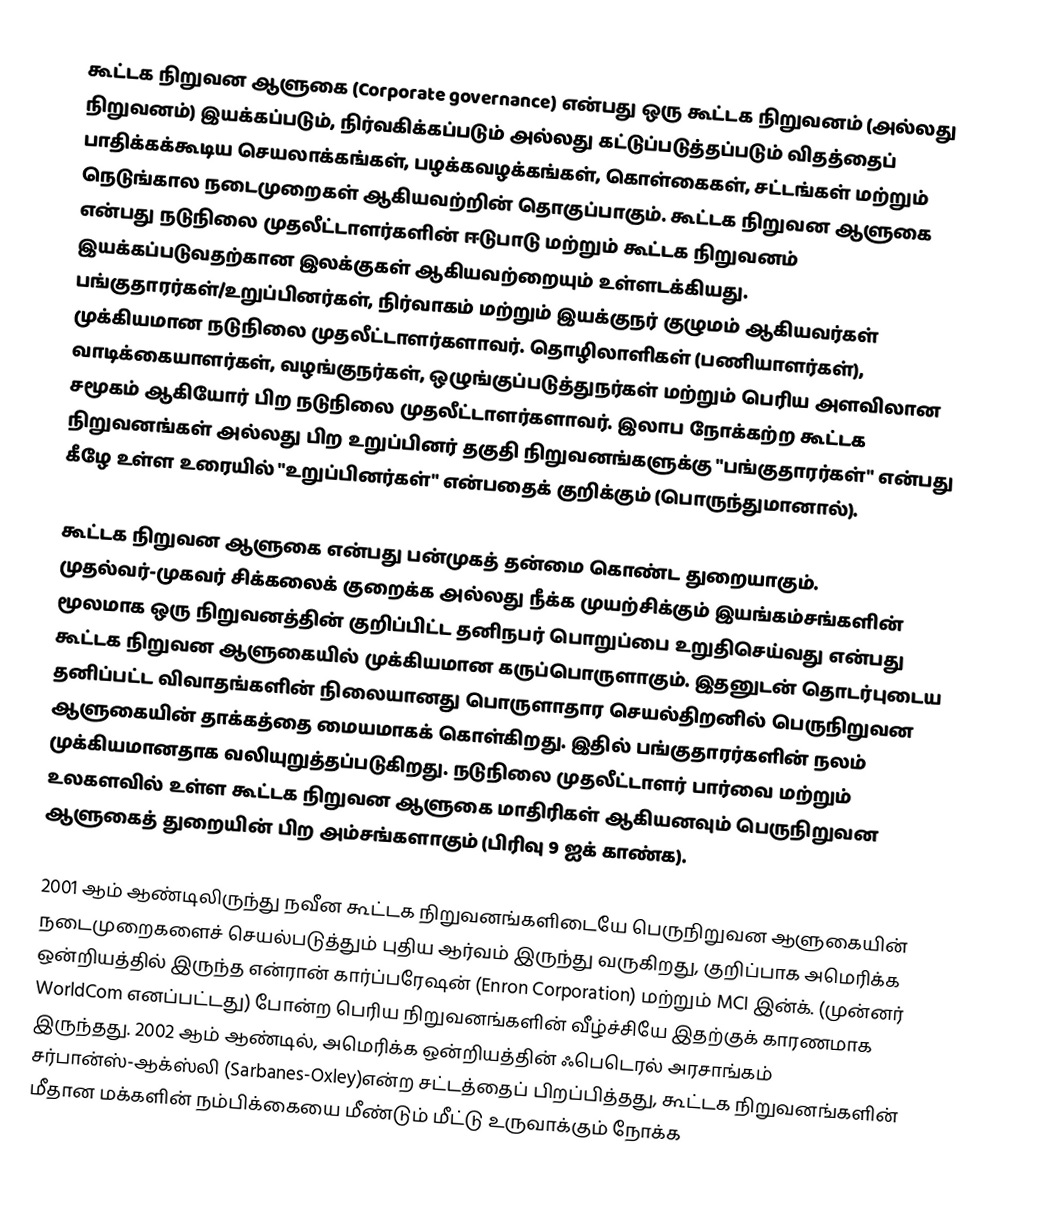
கூட்டக நிறுவன ஆளுகை (Corporate governance) என்பது ஒரு கூட்டக நிறுவனம் (அல்லது நிறுவனம்) இயக்கப்படும், நிர்வகிக்கப்படும் அல்லது கட்டுப்படுத்தப்படும் விதத்தைப் பாதிக்கக்கூடிய செயலாக்கங்கள், பழக்கவழக்கங்கள், கொள்கைகள், சட்டங்கள் மற்றும் நெடுங்கால நடைமுறைகள் ஆகியவற்றின் தொகுப்பாகும். கூட்டக நிறுவன ஆளுகை என்பது நடுநிலை முதலீட்டாளர்களின் ஈடுபாடு மற்றும் கூட்டக நிறுவனம் இயக்கப்படுவதற்கான இலக்குகள் ஆகியவற்றையும் உள்ளடக்கியது. பங்குதாரர்கள்/உறுப்பினர்கள், நிர்வாகம் மற்றும் இயக்குநர் குழுமம் ஆகியவர்கள் முக்கியமான நடுநிலை முதலீட்டாளர்களாவர். தொழிலாளிகள் (பணியாளர்கள்), வாடிக்கையாளர்கள், வழங்குநர்கள், ஒழுங்குப்படுத்துநர்கள் மற்றும் பெரிய அளவிலான சமூகம் ஆகியோர் பிற நடுநிலை முதலீட்டாளர்களாவர். இலாப நோக்கற்ற கூட்டக நிறுவனங்கள் அல்லது பிற உறுப்பினர் தகுதி நிறுவனங்களுக்கு "பங்குதாரர்கள்" என்பது கீழே உள்ள உரையில் "உறுப்பினர்கள்" என்பதைக் குறிக்கும் (பொருந்துமானால்).

கூட்டக நிறுவன ஆளுகை என்பது பன்முகத் தன்மை கொண்ட துறையாகும். முதல்வர்-முகவர் சிக்கலைக் குறைக்க அல்லது நீக்க முயற்சிக்கும் இயங்கம்சங்களின் மூலமாக ஒரு நிறுவனத்தின் குறிப்பிட்ட தனிநபர் பொறுப்பை உறுதிசெய்வது என்பது கூட்டக நிறுவன ஆளுகையில் முக்கியமான கருப்பொருளாகும். இதனுடன் தொடர்புடைய தனிப்பட்ட விவாதங்களின் நிலையானது பொருளாதார செயல்திறனில் பெருநிறுவன ஆளுகையின் தாக்கத்தை மையமாகக் கொள்கிறது. இதில் பங்குதாரர்களின் நலம் முக்கியமானதாக வலியுறுத்தப்படுகிறது. நடுநிலை முதலீட்டாளர் பார்வை மற்றும் உலகளவில் உள்ள கூட்டக நிறுவன ஆளுகை மாதிரிகள் ஆகியனவும் பெருநிறுவன ஆளுகைத் துறையின் பிற அம்சங்களாகும் (பிரிவு 9 ஐக் காண்க).

2001 ஆம் ஆண்டிலிருந்து நவீன கூட்டக நிறுவனங்களிடையே பெருநிறுவன ஆளுகையின் நடைமுறைகளைச் செயல்படுத்தும் புதிய ஆர்வம் இருந்து வருகிறது, குறிப்பாக அமெரிக்க ஒன்றியத்தில் இருந்த என்ரான் கார்ப்பரேஷன் (Enron Corporation) மற்றும் MCI இன்க். (முன்னர் WorldCom எனப்பட்டது) போன்ற பெரிய நிறுவனங்களின் வீழ்ச்சியே இதற்குக் காரணமாக இருந்தது. 2002 ஆம் ஆண்டில், அமெரிக்க ஒன்றியத்தின் ஃபெடெரல் அரசாங்கம் சர்பான்ஸ்-ஆக்ஸ்லி (Sarbanes-Oxley)என்ற சட்டத்தைப் பிறப்பித்தது, கூட்டக நிறுவனங்களின் மீதான மக்களின் நம்பிக்கையை மீண்டும் மீட்டு உருவாக்கும் நோக்க